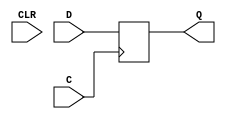
// $Header: /devl/xcs/repo/env/Databases/CAEInterfaces/verunilibs/data/unisims/FDC.v,v 1.13.48.1 2007/03/09 18:13:02 patrickp Exp $
///////////////////////////////////////////////////////////////////////////////
// Copyright (c) 1995/2004 Xilinx, Inc.
// All Right Reserved.
///////////////////////////////////////////////////////////////////////////////
//   ____  ____
//  /   /\/   /
// /___/  \  /    Vendor : Xilinx
// \   \   \/     Version : 8.1i (I.27)
//  \   \         Description : Xilinx Functional Simulation Library Component
//  /   /                  D Flip-Flop with Asynchronous Clear
// /___/   /\     Filename : FDC.v
// \   \  /  \    Timestamp : Thu Mar 25 16:42:16 PST 2004
//  \___\/\___\
//
// Revision:
//    03/23/04 - Initial version.
//    02/04/05 - Rev 0.0.1 Remove input/output bufs; Seperate GSR from clock block.
//    08/09/05 - Add CLR t0 GSR block (CR 215196).
//    10/20/05 - Add set & reset check to main  block. (CR219794)
//    2/07/06 - Remove set & reset from main block and add specify block (CR225119)
//    2/10/06 - Change Q from reg to wire (CR 225613)
// End Revision

`timescale  1 ps / 1 ps


module FDC (Q, C, CLR, D);

    parameter INIT = 1'b0;

    output Q;

    input  C, CLR, D;

    wire Q;
    reg q_out;
   
    initial q_out = INIT;

    always @(posedge C)
	         q_out <=  D;

    assign Q = q_out;

    specify
        (posedge CLR => (Q +: 1'b0)) = (0, 0);
        if (!CLR)
            (posedge C => (Q +: D)) = (100, 100);
    endspecify
endmodule